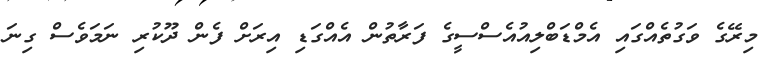
މިރޭގެ ވަގުތެއްގައި އެމްޑަބްލިއުއެސްސީގެ ފަރާތުން އެއްގަޑި އިރަށް ފެން ދޫކުރި ނަމަވެސް ގިނަ